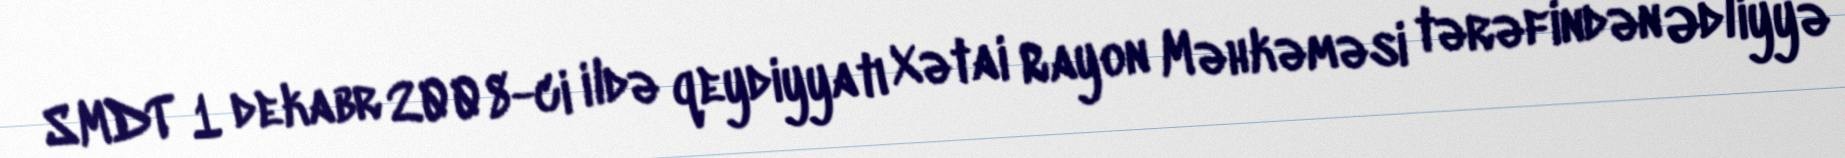
SMDT 1 dekabr 2008-ci ildə qeydiyyatı Xətai Rayon Məhkəməsi tərəfindən Ədliyyə